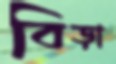
বিড়া